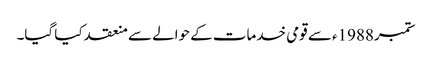
ستمبر1988ء سے قومی خدمات کے حوالے سے منعقد کیا گیا۔